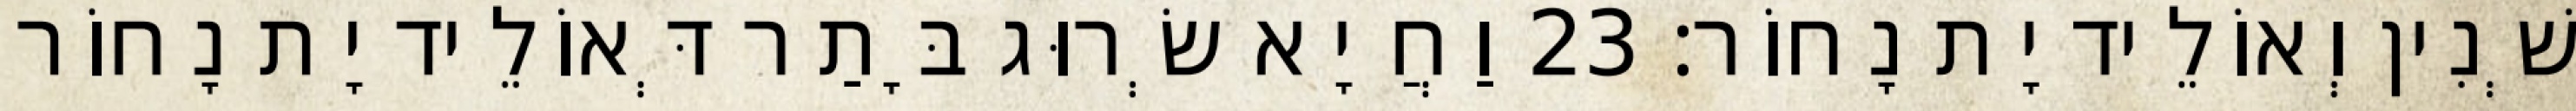
שְׁנִין וְאוֹלֵיד יָת נָחוֹר׃ 23 וַחֲיָא שְׂרוּג בָּתַר דְּאוֹלֵיד יָת נָחוֹר